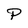
Character: P